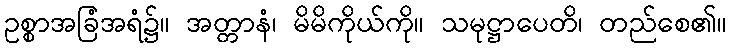
ဥစ္စာအခြံအရံ၌။ အတ္တာနံ၊ မိမိကိုယ်ကို။ သမုဋ္ဌာပေတိ၊ တည်စေ၏။